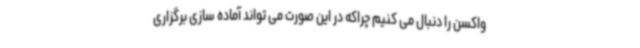
واکسن را دنبال می کنیم چراکه در این صورت می تواند آماده سازی برگزاری